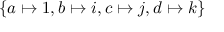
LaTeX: \{ a \mapsto 1 , b \mapsto i , c \mapsto j , d \mapsto k \}